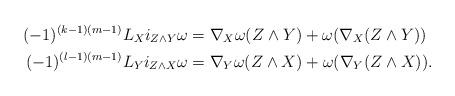
LaTeX: \begin{align*}(-1)^{(k-1)(m-1)}L_Xi_{Z\wedge Y}\omega&=\nabla_X\omega(Z\wedge Y)+\omega(\nabla_X(Z\wedge Y))\\(-1)^{(l-1)(m-1)}L_Y i_{Z\wedge X}\omega&=\nabla_Y\omega(Z\wedge X)+\omega(\nabla_Y(Z\wedge X)). \end{align*}